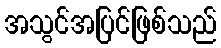
အသွင်အပြင်ဖြစ်သည်